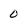
Character: 0